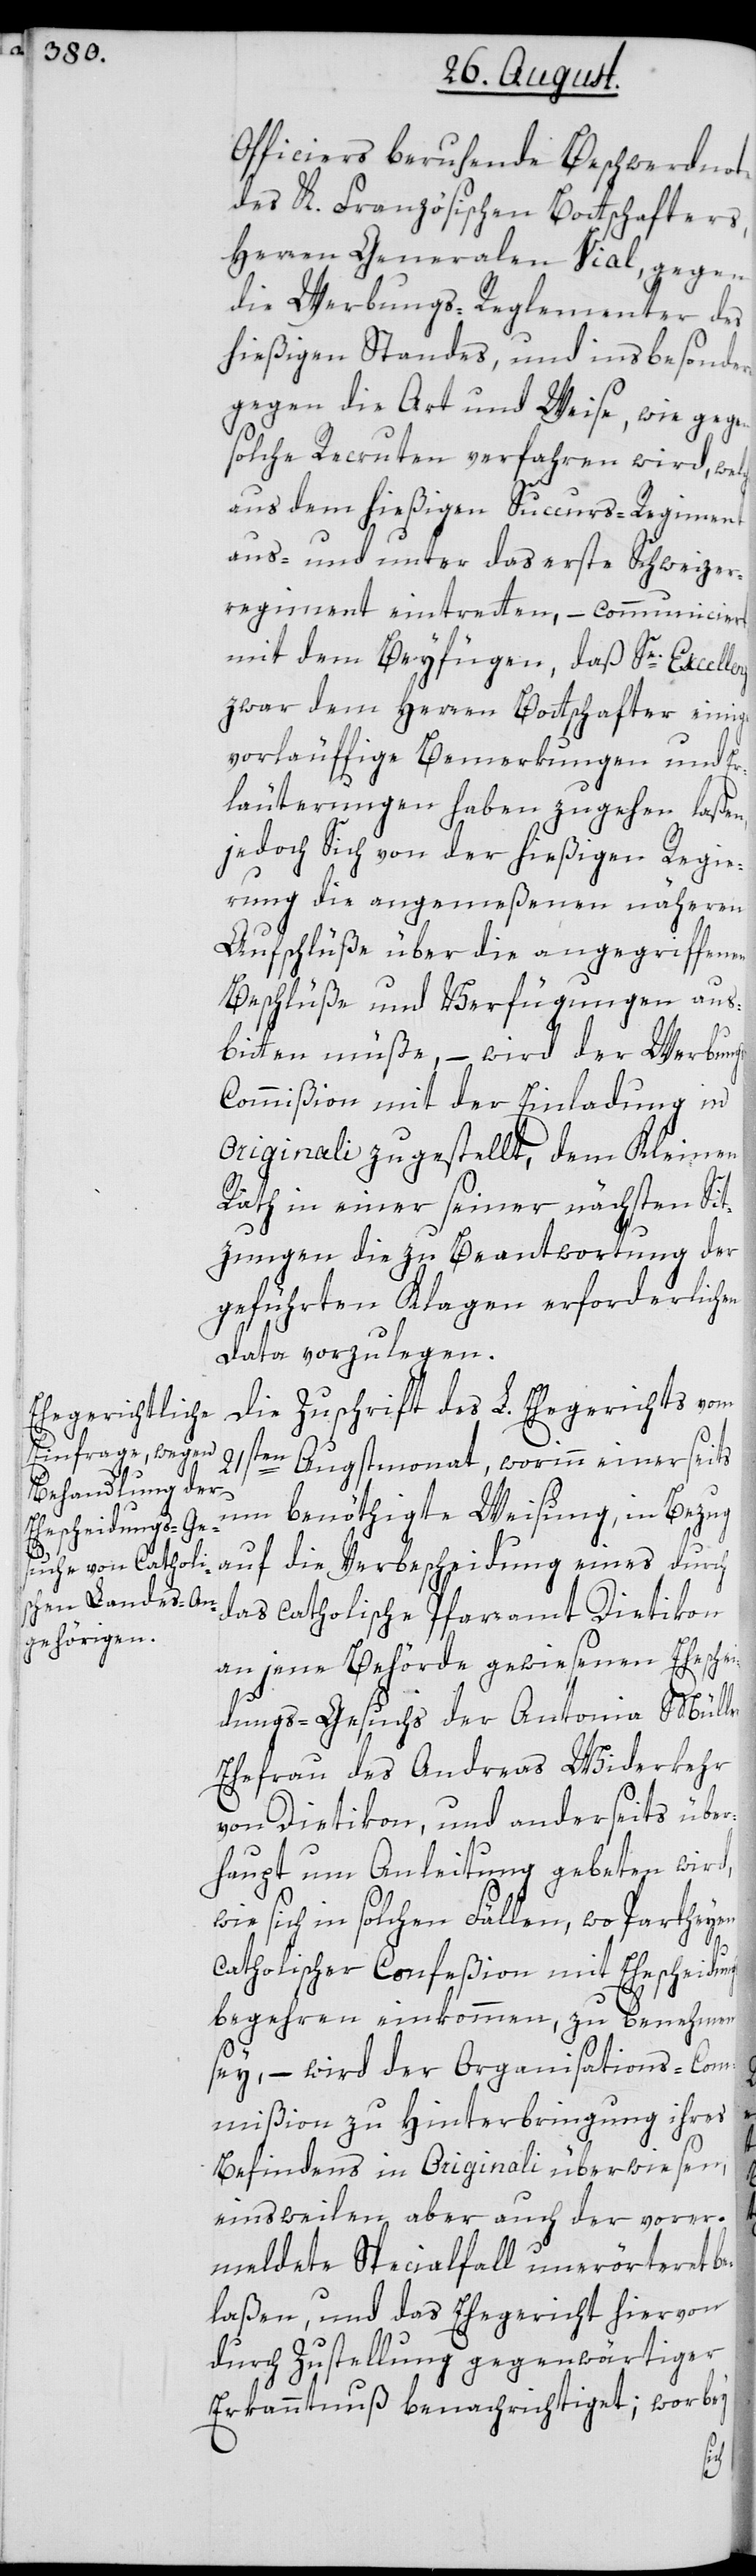
Officiers beruhende Beschwerdnote
des K. Französischen Botschafters,
Herren Generalen Vial, gegen
die Werbungs-Reglementer des
hießigen Standes, und insbesondere
gegen die Art und Weise, wie gegen
solche Recruten verfahren wird, welche
aus den hießigen Succurs-Regiment
aus- und unter das erste Schweizer¬
regiment eintretten, – communiciert,
mit dem Beyfügen, daß Se. Excellenz
zwar dem Herren Bottschafter einige
vorläuffige Bemerkungen und Er¬
läuterungen haben zugehen laßen,
jedoch Sich von der hießigen Regie¬
rung die angemeßenen näheren
Aufschlüße über die angegriffenen
Beschlüße und Verfügungen aus¬
bitten müße, – wird der Werbung¬
s-Commißion mit der Einladung in
Originali zugestellt, dem Kleinen
Rath in einer seiner nächsten Sit¬
zungen die zu Beantwortung der
geführten Klagen erforderlichen
data vorzulegen.
Die Zuschrift des L. Ehegericht vom
21sten Augstmonat, worinn einerseits
um benöthigte Weisung, in Bezug
r,
auf die Verbescheidung eines durch
das catholische Pfarramt Dietikon
an jene Behörde gewiesenen Ehenschei¬
dungs-Gesuchs der Antonia Mülle¬
Ehefrau des Andreas Widerkehr
von Dietikon, und anderseits über¬
haupt um Anleitung gebeten wird,
wie sich in solchen Fällen, wo Partheyen
catholischer Confeßion mit Ehescheidungs¬
begehren einkommen, zu benehmen
sey, – wird der Organisations-Com¬
mißion zu Hinterbringung ihres
Befindens in Originali überwiesen,
einsweilen aber auch der vorer¬
meldete Specialfall unerörteret be¬
laßen, und das Ehegericht hiervon
durch Zustellung gegenwärtiger
Erkanntnuß benachrichtiget, worbey